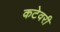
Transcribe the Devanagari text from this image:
कटेवरी